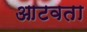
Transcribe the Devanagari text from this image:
आटवता